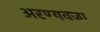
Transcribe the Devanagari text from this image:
अरण्यवजा